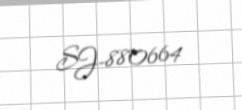
SJ-880664